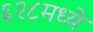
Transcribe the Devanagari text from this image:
६२८मध्ये